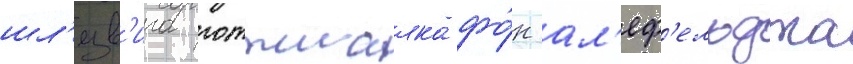
шл'езв'ига готтшалка фо́н ал'еф'ельдта